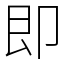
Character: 即